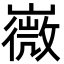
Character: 嶶